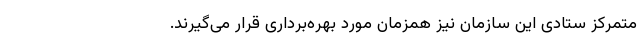
متمرکز ستادی این سازمان نیز همزمان مورد بهره‌برداری قرار می‌گیرند.